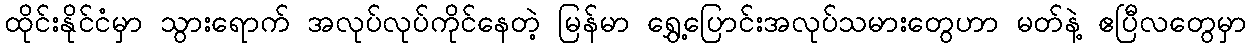
ထိုင်းနိုင်ငံမှာ သွားရောက် အလုပ်လုပ်ကိုင်နေတဲ့ မြန်မာ ရွှေ့ပြောင်းအလုပ်သမားတွေဟာ မတ်နဲ့ ဧပြီလတွေမှာ